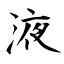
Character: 液